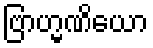
ဗြာဟ္မဏိယော